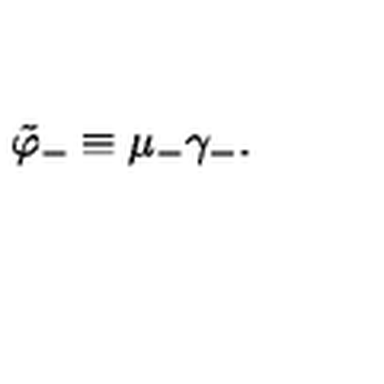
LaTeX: \tilde { \varphi } _ { - } \equiv \mu _ { - } \gamma _ { - } .